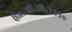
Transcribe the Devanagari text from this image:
ऍन॰जी॰सी॰१९९०